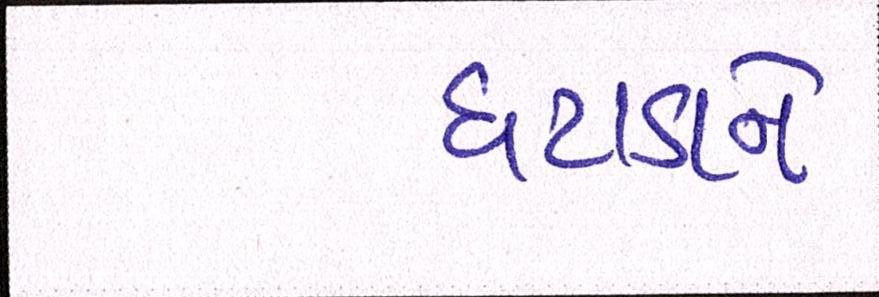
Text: ઘટાડાને